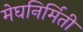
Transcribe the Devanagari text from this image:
मेघनिर्मिती